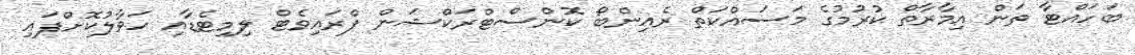
ބަހައްޓާ ތަން އިމާރާތް ކުރުމުގެ މަސައްކަތް ރެއިންބޯ ކޮންސްޓްރަކްޝަން ޕްރައިވެޓް ލިމިޓެޑާއި ހަވާލުކޮށްފައި